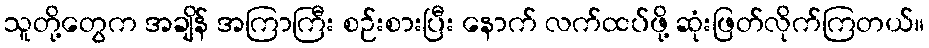
သူတို့တွေက အချိန် အကြာကြီး စဉ်းစားပြီး နောက် လက်ထပ်ဖို့ ဆုံးဖြတ်လိုက်ကြတယ်။